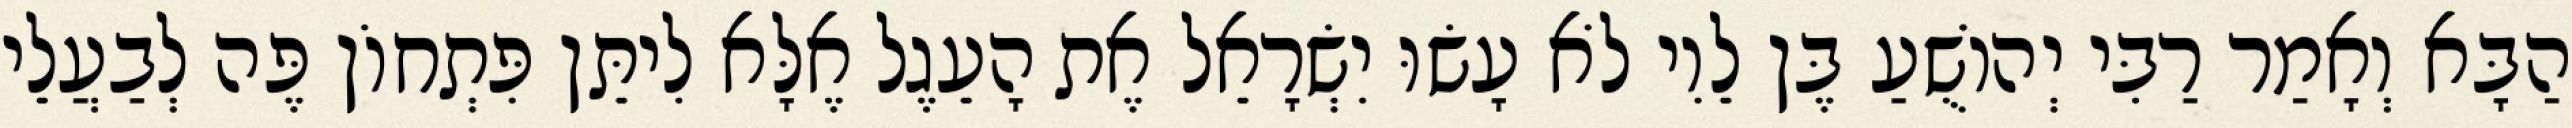
הַבָּא וְאָמַר רַבִּי יְהוֹשֻׁעַ בֶּן לֵוִי לֹא עָשׂוּ יִשְׂרָאֵל אֶת הָעֵגֶל אֶלָּא לִיתֵּן פִּתְחוֹן פֶּה לְבַעֲלֵי